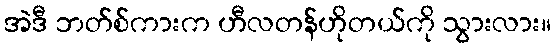
အဲဒီ ဘတ်စ်ကားက ဟီလတန်ဟိုတယ်ကို သွားလား။